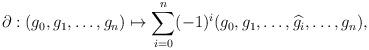
LaTeX: \begin{align*}\partial:(g_0,g_1,\ldots,g_n)\mapsto\sum_{i=0}^n(-1)^i(g_0,g_1,\ldots,\widehat{g_i},\ldots,g_n),\end{align*}